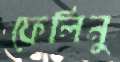
ফেলিনু